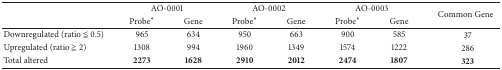
<table><thead><tr><td><b> </b></td><td colspan="2"><b>AO-0001</b></td><td colspan="2"><b>AO-0002</b></td><td colspan="2"><b>AO-0003</b></td><td rowspan="2"><b>Common Gene</b></td></tr><tr><td><b> </b></td><td><b>Probe∗</b></td><td><b>Gene</b></td><td><b>Probe∗</b></td><td><b>Gene</b></td><td><b>Probe∗</b></td><td><b>Gene</b></td></tr></thead><tbody><tr><td>Downregulated (ratio ≦ 0.5)</td><td>965 </td><td>634</td><td>950 </td><td>663</td><td>900 </td><td>585</td><td>37</td></tr><tr><td>Upregulated (ratio ≧ 2)</td><td>1308 </td><td>994</td><td>1960 </td><td>1349</td><td>1574 </td><td>1222</td><td>286</td></tr><tr><td>Total altered</td><td><b>2273 </b></td><td><b>1628</b></td><td><b>2910 </b></td><td><b>2012</b></td><td><b>2474 </b></td><td><b>1807</b></td><td><b>323</b></td></tr></tbody></table>